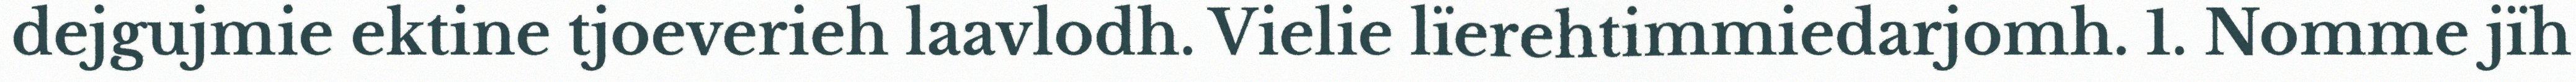
dejgujmie ektine tjoeverieh laavlodh. Vielie lïerehtimmiedarjomh. 1. Nomme jïh